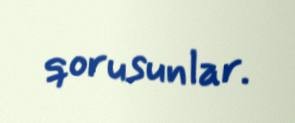
qorusunlar.